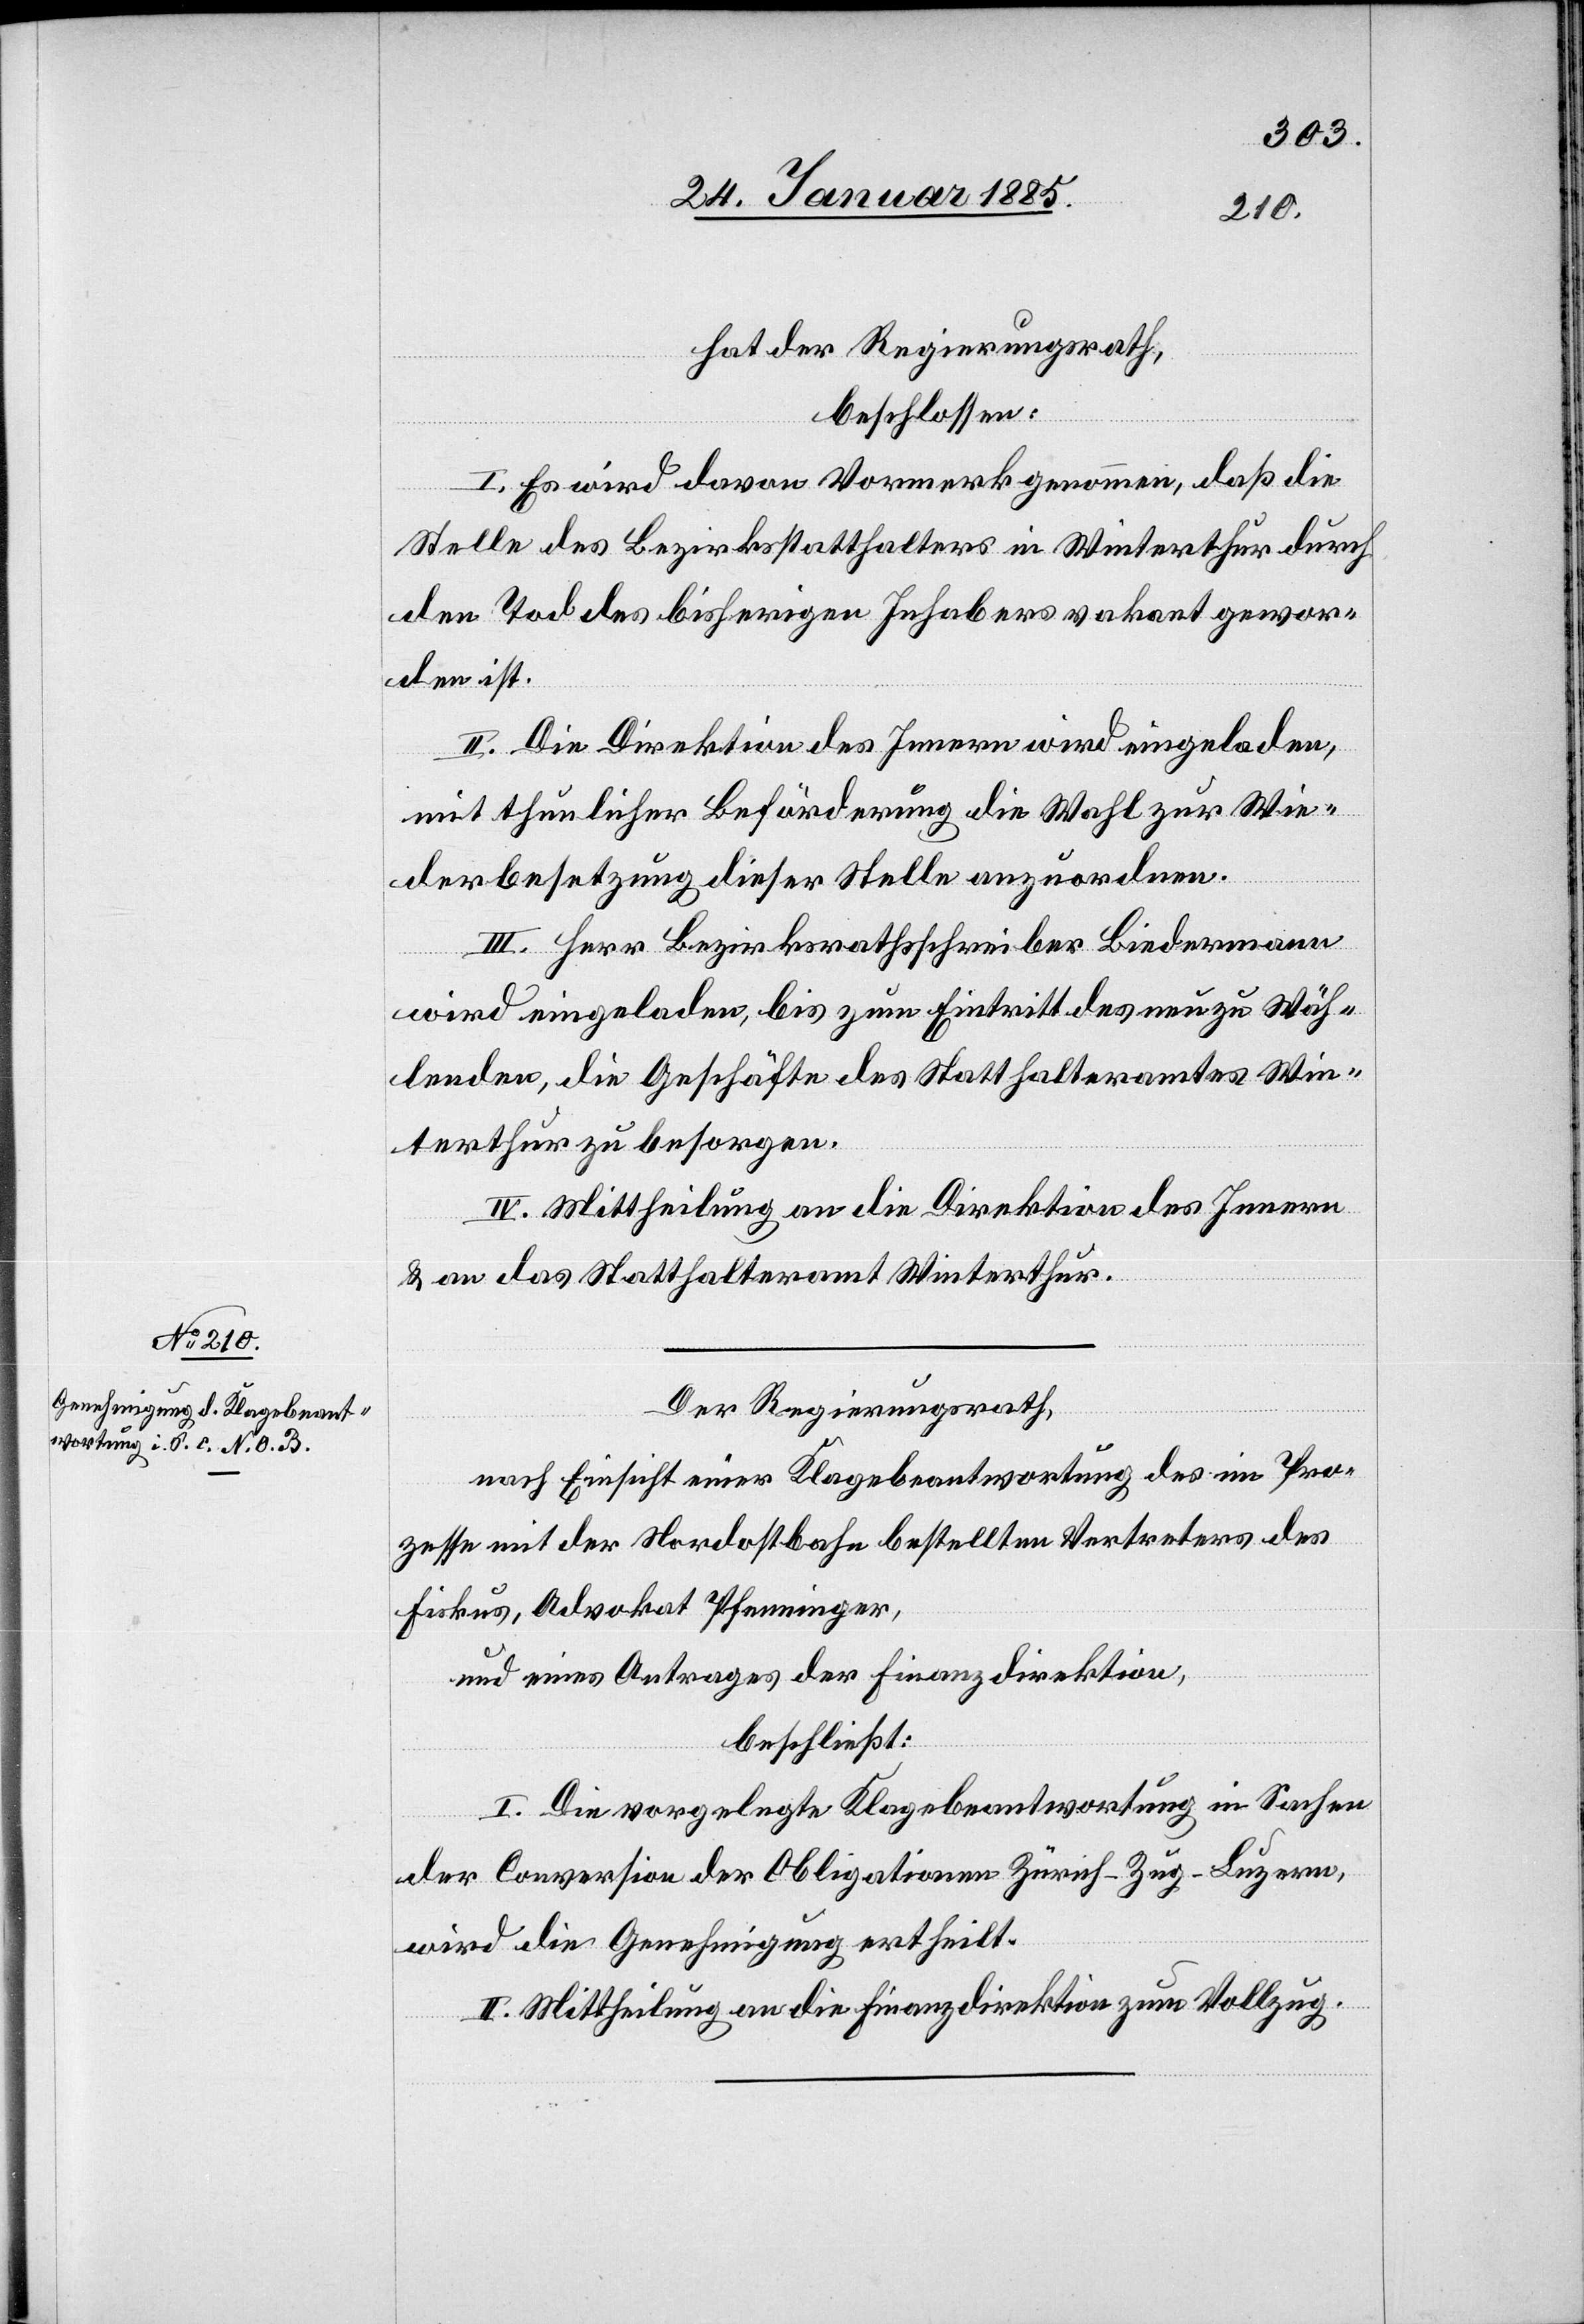
28. Januar 1885.]
hat der Regierungsrath,
beschlossen:
I. Es wird davon Vormerk genommen, daß die
Stelle des Bezirkstatthalters in Winterthur durch
den Tod des bisherigen Inhabers vakant gewor¬
den ist.
II. Die Direktion des Innern wird eingeladen,
mit thunlicher Beförderung die Wahl zur Wie¬
derbesetzung dieser Stelle anzuordnen.
III. Herr Bezirksrathsschreiber Biedermann
wird eingeladen, bis zum Eintritt des neu zu wäh¬
lenden, die Geschäfte des Statthalteramtes Win¬
terthur zu besorgen.
IV. Mittheilung an die Direktion des Innern
& a das Statthalteramt Winterthur.
Der Regierungsrath,
nach Einsicht einer Klagebeantwortung des im Pro¬
zesse mit der Nordostbahn bestellten Vertreters des
Fiskus, Advokat Pfenninger,
und eines Antrages der Finanzdirektion,
beschließt:
I. Die vorgelegte Klagebeantwortung in Sachen
der Conversion der Obligationen Zürich–Zug–Luzern,
wird die Genehmigung ertheilt.
II. Mittheilung an die Finanzdirektion zum Vollzug.